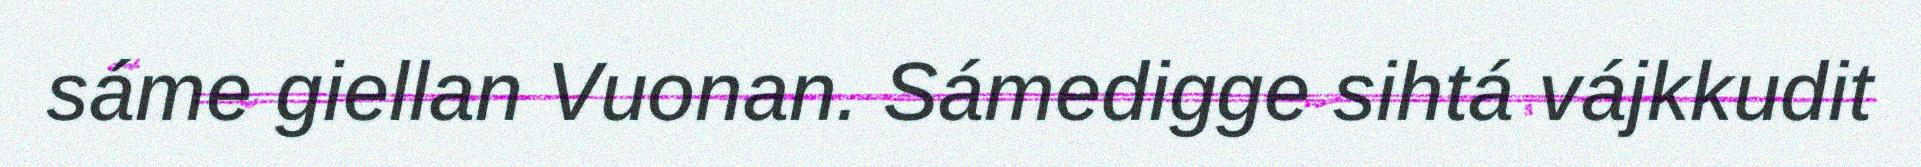
sáme giellan Vuonan. Sámedigge sihtá vájkkudit